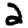
Digit: 2